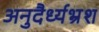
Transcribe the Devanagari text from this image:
अनुदैर्ध्यभ्रंश